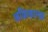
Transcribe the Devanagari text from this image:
अफ्रिकानस